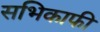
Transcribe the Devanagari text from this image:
सभिकाफी